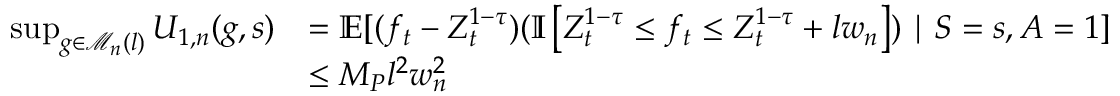
\begin{array} { r l } { \operatorname* { s u p } _ { g \in \mathcal { M } _ { n } ( l ) } U _ { 1 , n } ( g , s ) } & { = \mathbb E [ ( f _ { t } - Z _ { t } ^ { 1 - \tau } ) ( \mathbb { I } \left[ Z _ { t } ^ { 1 - \tau } \leq f _ { t } \leq Z _ { t } ^ { 1 - \tau } + l w _ { n } \right] ) \mid S = s , A = 1 ] } \\ & { \leq M _ { P } l ^ { 2 } w _ { n } ^ { 2 } } \end{array}